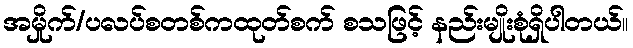
အမှိုက်/ပလပ်စတစ်ကထုတ်စက် စသဖြင့် နည်းမျိုးစုံရှိပါတယ်။